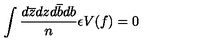
\int \frac { d \overline { { z } } d z d \overline { { b } } d b } { n } \epsilon V ( f ) = 0